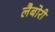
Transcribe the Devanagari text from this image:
लैबोरी